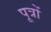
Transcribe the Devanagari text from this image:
पूत्रों